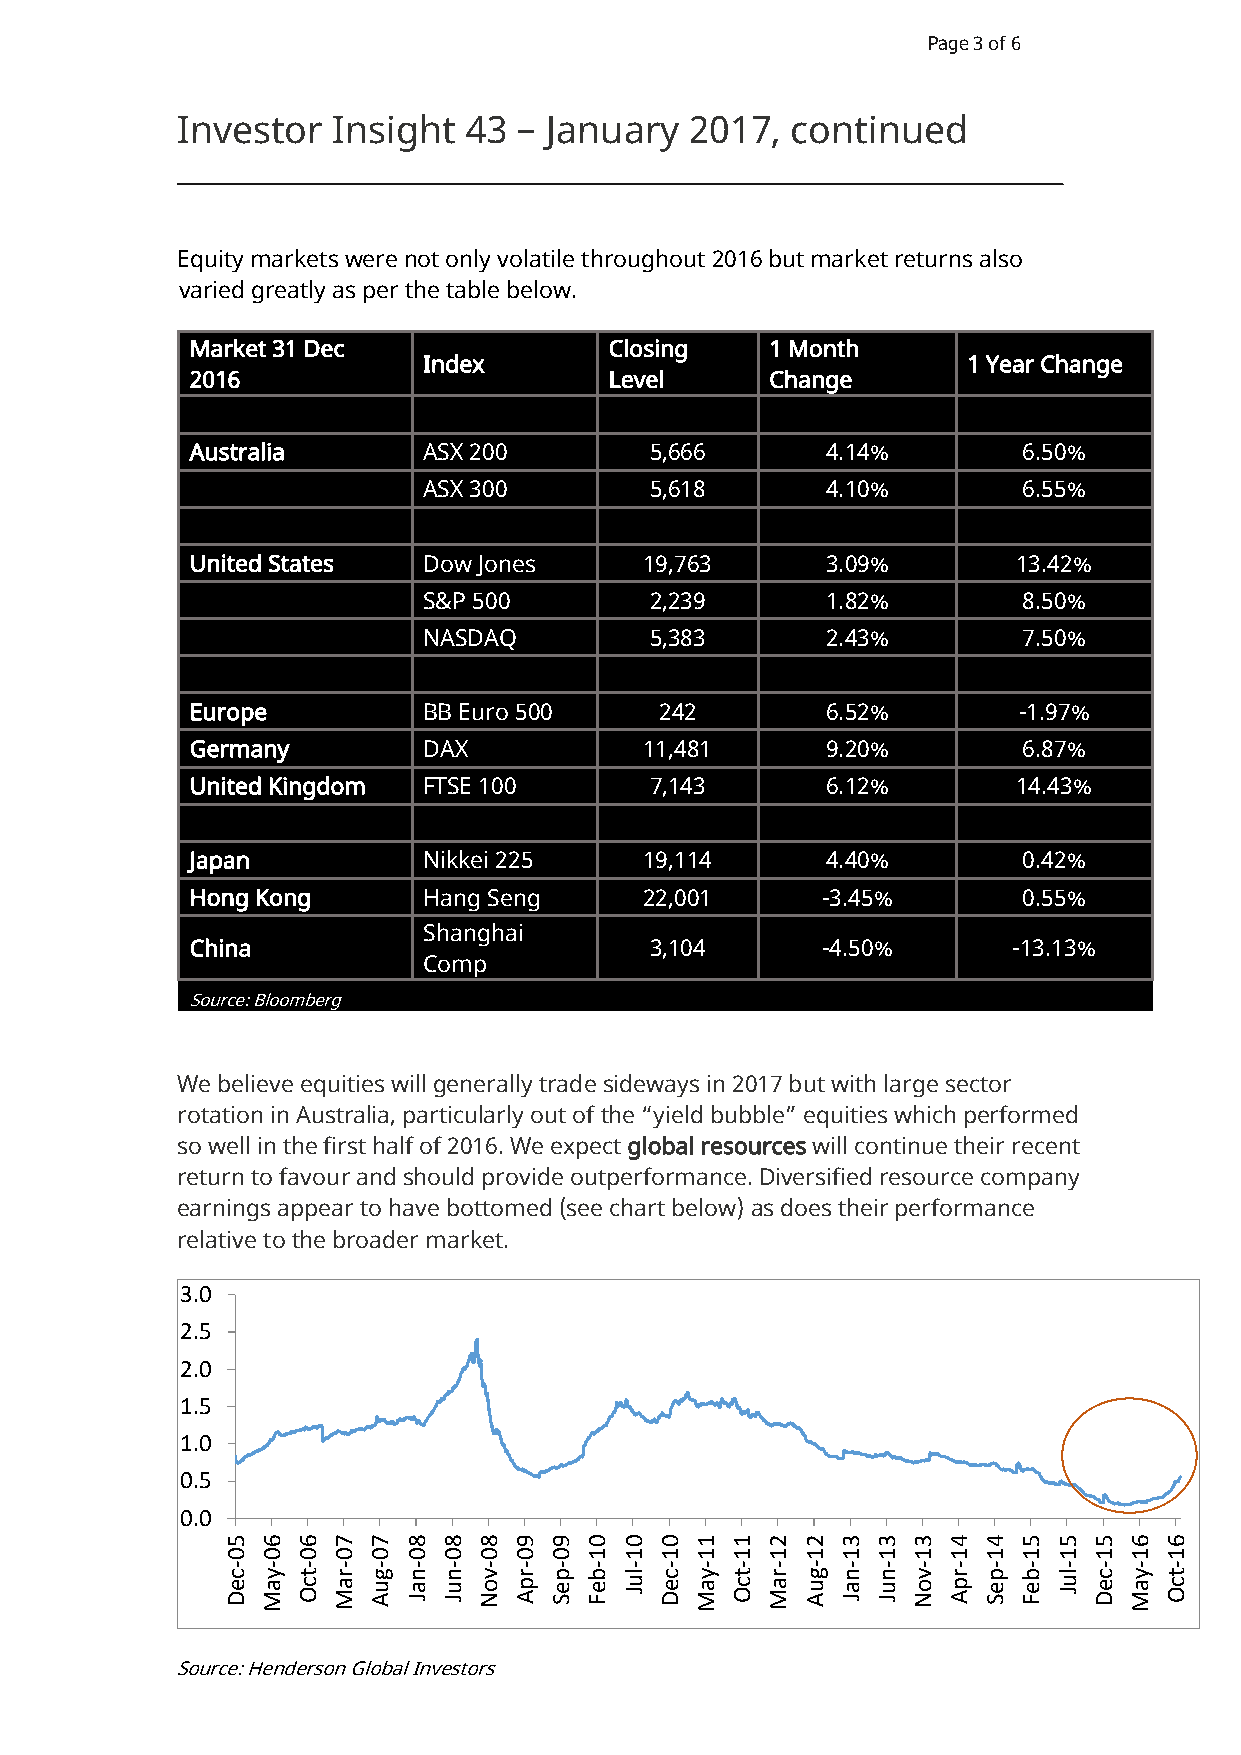
Page 3 of 6
 Investor  Insight  43 – January   2017, continued
 Equity markets were not only volatile throughout 2016 but market returns also
 varied greatly as per the table below.
 Market 31 Dec              Closing    1 Month
 Index                               1 Year Change
 2016                       Level      Change
 Australia      ASX 200        5,666       4.14%        6.50%
 ASX 300        5,618       4.10%        6.55%
 United States  Dow Jones      19,763      3.09%       13.42%
 S&P 500        2,239       1.82%        8.50%
 NASDAQ         5,383       2.43%        7.50%
 Europe         BB Euro 500     242        6.52%       -1.97%
 Germany        DAX            11,481      9.20%        6.87%
 United Kingdom FTSE 100       7,143       6.12%       14.43%
 Japan          Nikkei 225     19,114      4.40%        0.42%
 Hong Kong      Hang Seng      22,001     -3.45%        0.55%
 Shanghai
 China                         3,104      -4.50%       -13.13%
 Comp
 Source: Bloomberg
 We believe equities will generally trade sideways in 2017 but with large sector
 rotation in Australia, particularly out of the “yield bubble” equities which performed
 so well in the first half of 2016. We expect global resources will continue their recent
 return to favour and should provide outperformance. Diversified resource company
 earnings appear to have bottomed (see chart below) as does their performance
 relative to the broader market.
 3.0
 2.5
 2.0
 1.5
 1.0
 0.5
 0.0
 5 6  6 7 7  8 8  8 9 9  0 0  0 1 1  2 2  3 3 3  4 4  5 5 5  6 6
 0 0  0 0 0  0 0  0 0 0  1 1  1 1 1  1 1  1 1 1  1 1  1 1 1  1 1
 - -  - - -  - -  - - -  - -  - - -  - -  - - -  - -  - - -  - -
 c
 e D
 y
 a M
 t
 c O
 r
 a M
 g
 u A
 n
 a J
 n
 u J
 v
 o N
 r
 p A
 p
 e S
 b
 e F
 lu
 J
 c
 e D
 y
 a M
 t
 c O
 r
 a M
 g
 u A
 n
 a J
 n
 u J
 v
 o N
 r
 p A
 p
 e S
 b
 e F
 lu
 J
 c
 e D
 y
 a M
 t
 c O
 Source: Henderson Global Investors